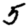
Digit: 5